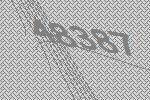
48387